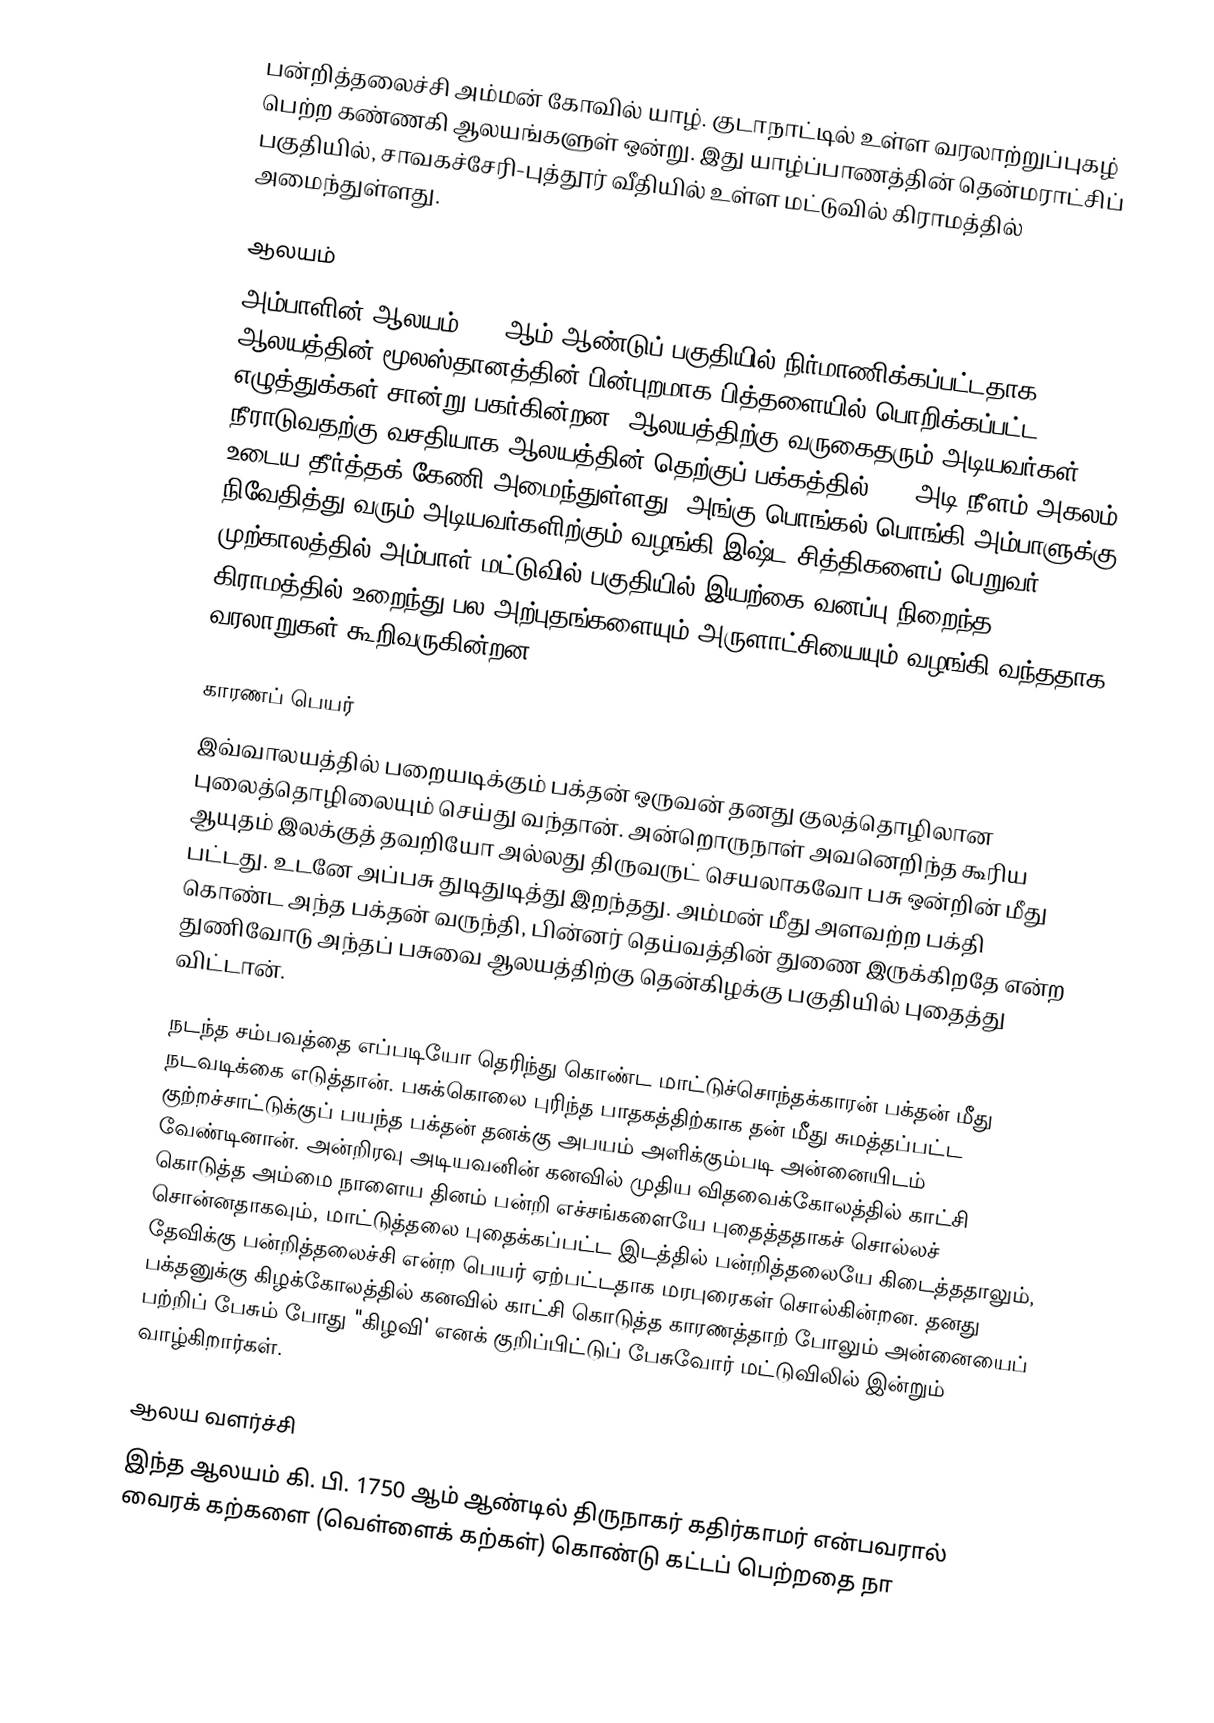
பன்றித்தலைச்சி அம்மன் கோவில் யாழ். குடாநாட்டில் உள்ள வரலாற்றுப்புகழ் பெற்ற கண்ணகி ஆலயங்களுள் ஒன்று. இது யாழ்ப்பாணத்தின்  தென்மராட்சிப் பகுதியில், சாவகச்சேரி-புத்தூர் வீதியில் உள்ள மட்டுவில் கிராமத்தில் அமைந்துள்ளது.

ஆலயம்
அம்பாளின் ஆலயம் 1750ஆம் ஆண்டுப் பகுதியில் நிர்மாணிக்கப்பட்டதாக ஆலயத்தின் மூலஸ்தானத்தின் பின்புறமாக பித்தளையில் பொறிக்கப்பட்ட எழுத்துக்கள் சான்று பகர்கின்றன.  ஆலயத்திற்கு வருகைதரும் அடியவர்கள் நீராடுவதற்கு வசதியாக ஆலயத்தின் தெற்குப் பக்கத்தில் 100 அடி நீளம் அகலம் உடைய தீர்த்தக் கேணி அமைந்துள்ளது. அங்கு பொங்கல் பொங்கி அம்பாளுக்கு நிவேதித்து வரும் அடியவர்களிற்கும் வழங்கி இஷ்ட சித்திகளைப் பெறுவர். முற்காலத்தில் அம்பாள் மட்டுவில் பகுதியில் இயற்கை வனப்பு நிறைந்த கிராமத்தில் உறைந்து பல அற்புதங்களையும் அருளாட்சியையும்  வழங்கி வந்ததாக  வரலாறுகள் கூறிவருகின்றன.

காரணப் பெயர்
இவ்வாலயத்தில் பறையடிக்கும் பக்தன் ஒருவன் தனது குலத்தொழிலான புலைத்தொழிலையும் செய்து வந்தான். அன்றொருநாள் அவனெறிந்த கூரிய ஆயுதம் இலக்குத் தவறியோ அல்லது திருவருட் செயலாகவோ பசு ஒன்றின் மீது பட்டது. உடனே அப்பசு துடிதுடித்து இறந்தது. அம்மன் மீது அளவற்ற பக்தி கொண்ட அந்த பக்தன் வருந்தி, பின்னர் தெய்வத்தின் துணை இருக்கிறதே என்ற துணிவோடு அந்தப் பசுவை ஆலயத்திற்கு தென்கிழக்கு பகுதியில் புதைத்து விட்டான்.

நடந்த சம்பவத்தை எப்படியோ தெரிந்து கொண்ட மாட்டுச்சொந்தக்காரன் பக்தன் மீது நடவடிக்கை எடுத்தான். பசுக்கொலை புரிந்த பாதகத்திற்காக தன் மீது சுமத்தப்பட்ட குற்றச்சாட்டுக்குப் பயந்த பக்தன் தனக்கு அபயம் அளிக்கும்படி அன்னையிடம் வேண்டினான். அன்றிரவு அடியவனின் கனவில் முதிய விதவைக்கோலத்தில் காட்சி கொடுத்த அம்மை நாளைய தினம் பன்றி எச்சங்களையே புதைத்ததாகச் சொல்லச் சொன்னதாகவும், மாட்டுத்தலை புதைக்கப்பட்ட இடத்தில் பன்றித்தலையே கிடைத்ததாலும், தேவிக்கு பன்றித்தலைச்சி என்ற பெயர் ஏற்பட்டதாக மரபுரைகள் சொல்கின்றன. தனது பக்தனுக்கு கிழக்கோலத்தில் கனவில் காட்சி கொடுத்த காரணத்தாற் போலும் அன்னையைப் பற்றிப் பேசும் போது "கிழவி' எனக் குறிப்பிட்டுப் பேசுவோர் மட்டுவிலில் இன்றும் வாழ்கிறார்கள்.

ஆலய வளர்ச்சி
இந்த ஆலயம் கி. பி. 1750 ஆம் ஆண்டில் திருநாகர் கதிர்காமர் என்பவரால் வைரக் கற்களை (வெள்ளைக் கற்கள்) கொண்டு கட்டப் பெற்றதை நா